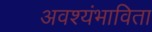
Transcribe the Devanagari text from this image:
अवश्यंभाविता